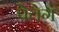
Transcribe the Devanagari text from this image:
पेतेग